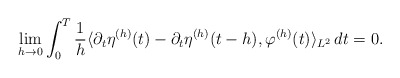
\begin{align*}\lim_{h \to 0 }\int_0^T \frac{1}{h} \langle \partial_t \eta^{(h)}(t) - \partial_t \eta^{(h)}(t - h), \varphi^{(h)}(t) \rangle_{L^2} \,dt = 0.\end{align*}